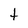
Character: f